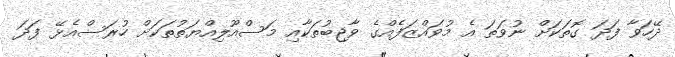
ދޭހަވާ ފަދަ ގޮތަކަށް ނުވަތަ އެ މުވައްޒަފެއްގެ ވާޖިބުތަކާއި މަސްއޫލިއްޔަތުތަކަށް ހުރަސްއެޅޭ ފަދަ